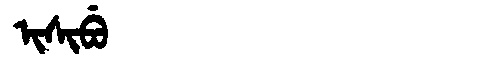
Manchu: ᡳᠰᡳᠪᡠ
Romanization: ISIBU